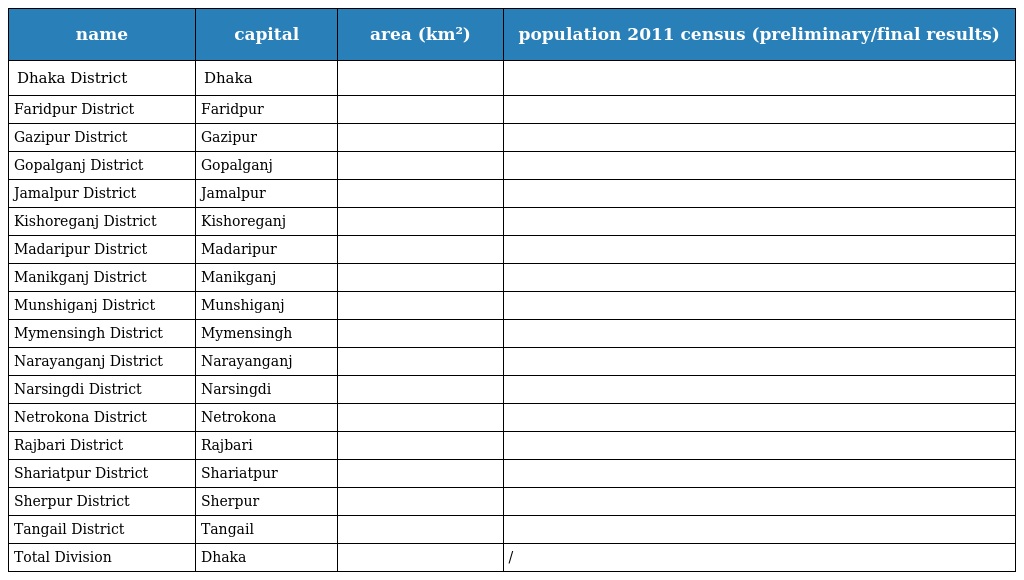
| name | capital | area (km²) | population 2011 census (preliminary/final results) |
 | --- | --- | --- | --- |
 | Dhaka District | Dhaka |  |  |
 | Faridpur District | Faridpur |  |  |
 | Gazipur District | Gazipur |  |  |
 | Gopalganj District | Gopalganj |  |  |
 | Jamalpur District | Jamalpur |  |  |
 | Kishoreganj District | Kishoreganj |  |  |
 | Madaripur District | Madaripur |  |  |
 | Manikganj District | Manikganj |  |  |
 | Munshiganj District | Munshiganj |  |  |
 | Mymensingh District | Mymensingh |  |  |
 | Narayanganj District | Narayanganj |  |  |
 | Narsingdi District | Narsingdi |  |  |
 | Netrokona District | Netrokona |  |  |
 | Rajbari District | Rajbari |  |  |
 | Shariatpur District | Shariatpur |  |  |
 | Sherpur District | Sherpur |  |  |
 | Tangail District | Tangail |  |  |
 | Total Division | Dhaka |  | / |